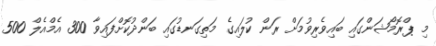
މި ޕްރޮމޯޝަންގައި ބައިވެރިވުމަށް ރަން ކުލައިގެ މަތިގަނޑުގައި ބަންދުކޮށްފައިވާ 300 އެމްއެލް 500